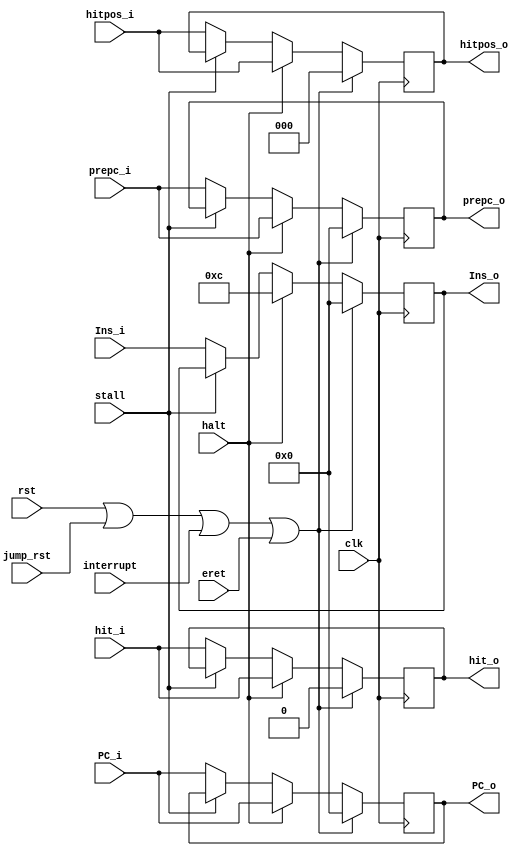
`timescale 1ns / 1ps
//////////////////////////////////////////////////////////////////////////////////
// Company: HUST
// Engineer: 
// 
// Design Name: CPU_Optimal_Streamline
// Module Name: IF_ID
// 
//////////////////////////////////////////////////////////////////////////////////

//IF_ID
module if_id(
    input       clk, rst, interrupt, eret, jump_rst, stall, halt, 
    input       [31:0] Ins_i, PC_i, prepc_i, 
    input       [2:0]  hitpos_i,
    input       hit_i,
    output reg  [31:0] Ins_o, PC_o, prepc_o, 
    output reg  [2:0]  hitpos_o,
    output reg  hit_o
    );
    initial begin
        Ins_o  <= 0;
        PC_o   <= 0;       
        prepc_o <=0;
        hitpos_o <=0;
        hit_o <=0;
    end
    always @(posedge clk) begin
        if (rst | jump_rst | interrupt | eret) begin
            Ins_o  <= 0;
            PC_o   <= 0;  
            prepc_o <=0;
            hitpos_o <=0;
            hit_o <=0;        
        end
        else if(halt) begin
            Ins_o  <= 32'h000c;
            PC_o   <= PC_i;  
            prepc_o <= prepc_i;
            hitpos_o <= hitpos_i;
            hit_o <=hit_i;   
        end
        else if(stall) begin
            Ins_o <= Ins_o;
            PC_o  <= PC_o;
            prepc_o <= prepc_o;
            hitpos_o <= hitpos_o;
            hit_o <=hit_o; 
        end
        else begin
            Ins_o  <= Ins_i;
            PC_o   <= PC_i;  
            prepc_o <= prepc_i;
            hitpos_o <= hitpos_i;
            hit_o <=hit_i;         
        end
    end
    //A,B,PC,IMM
endmodule